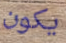
يكون